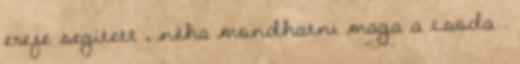
ereje segített , néha mondhatni maga a csoda .